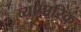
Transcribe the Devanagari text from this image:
व्‍यापारिक